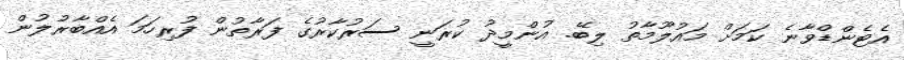
އެޓެންޑްވާނެ ކަމަށް މައުލޫމާތު ލިބޭ. އުންމީދު ކުރަނީ ސަރުކާރުގެ ފަރާތުން ފުރިހަމަ އެއްބާރުލުން